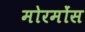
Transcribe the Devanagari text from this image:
मोरमोंस